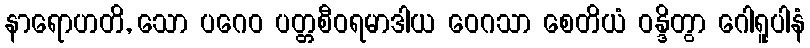
နာရောဟတိ, သော ပဂေဝ ပတ္တစီဝရမာဒါယ ဝေဂသာ စေတိယံ ဝန္ဒိတွာ ဂေါရူပါနံ